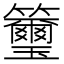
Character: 𥸀